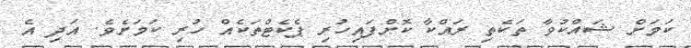
ކަމަށް ޝައްކުވާ ތަކެތި ރައްކާ ކޮށްފައިހުރި ޕެކެޓްތަކެއް ހުރި ކަމަށެވެ. އަދި އެ